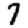
Digit: 7